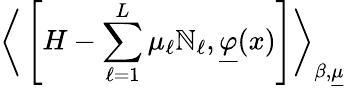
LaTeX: \bigg\langle\left[H-\sum_{\ell=1}^{L}\mu_{\ell}\mathbb{N}_{\ell},\underline{{{{\varphi}}}}(x)\right]\bigg\rangle_{\beta,\underline{{{{\mu}}}}}